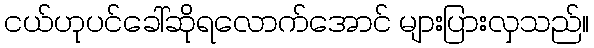
ငယ်ဟုပင်ခေါ်ဆိုရလောက်အောင် များပြားလှသည်။